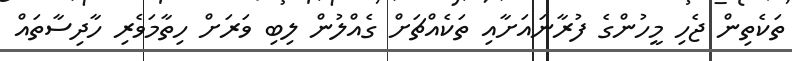
ތަކެތިން ޖެހި މީހުންގެ ފުރާނައަށާއި ތަކެއްޗަށް ގެއްލުން ލިބި ވަރަށް ހިތާމަވެރި ހާދިސާތައް